Bréfritari: Þórunn Pálsdóttir
Viðtakandi: Páll Pálsson
Dagsetning: A-1828-06-22
Skrifað á: Hallfreðarstöðum  N-Múl.
Páll var bróðir Þórunnar

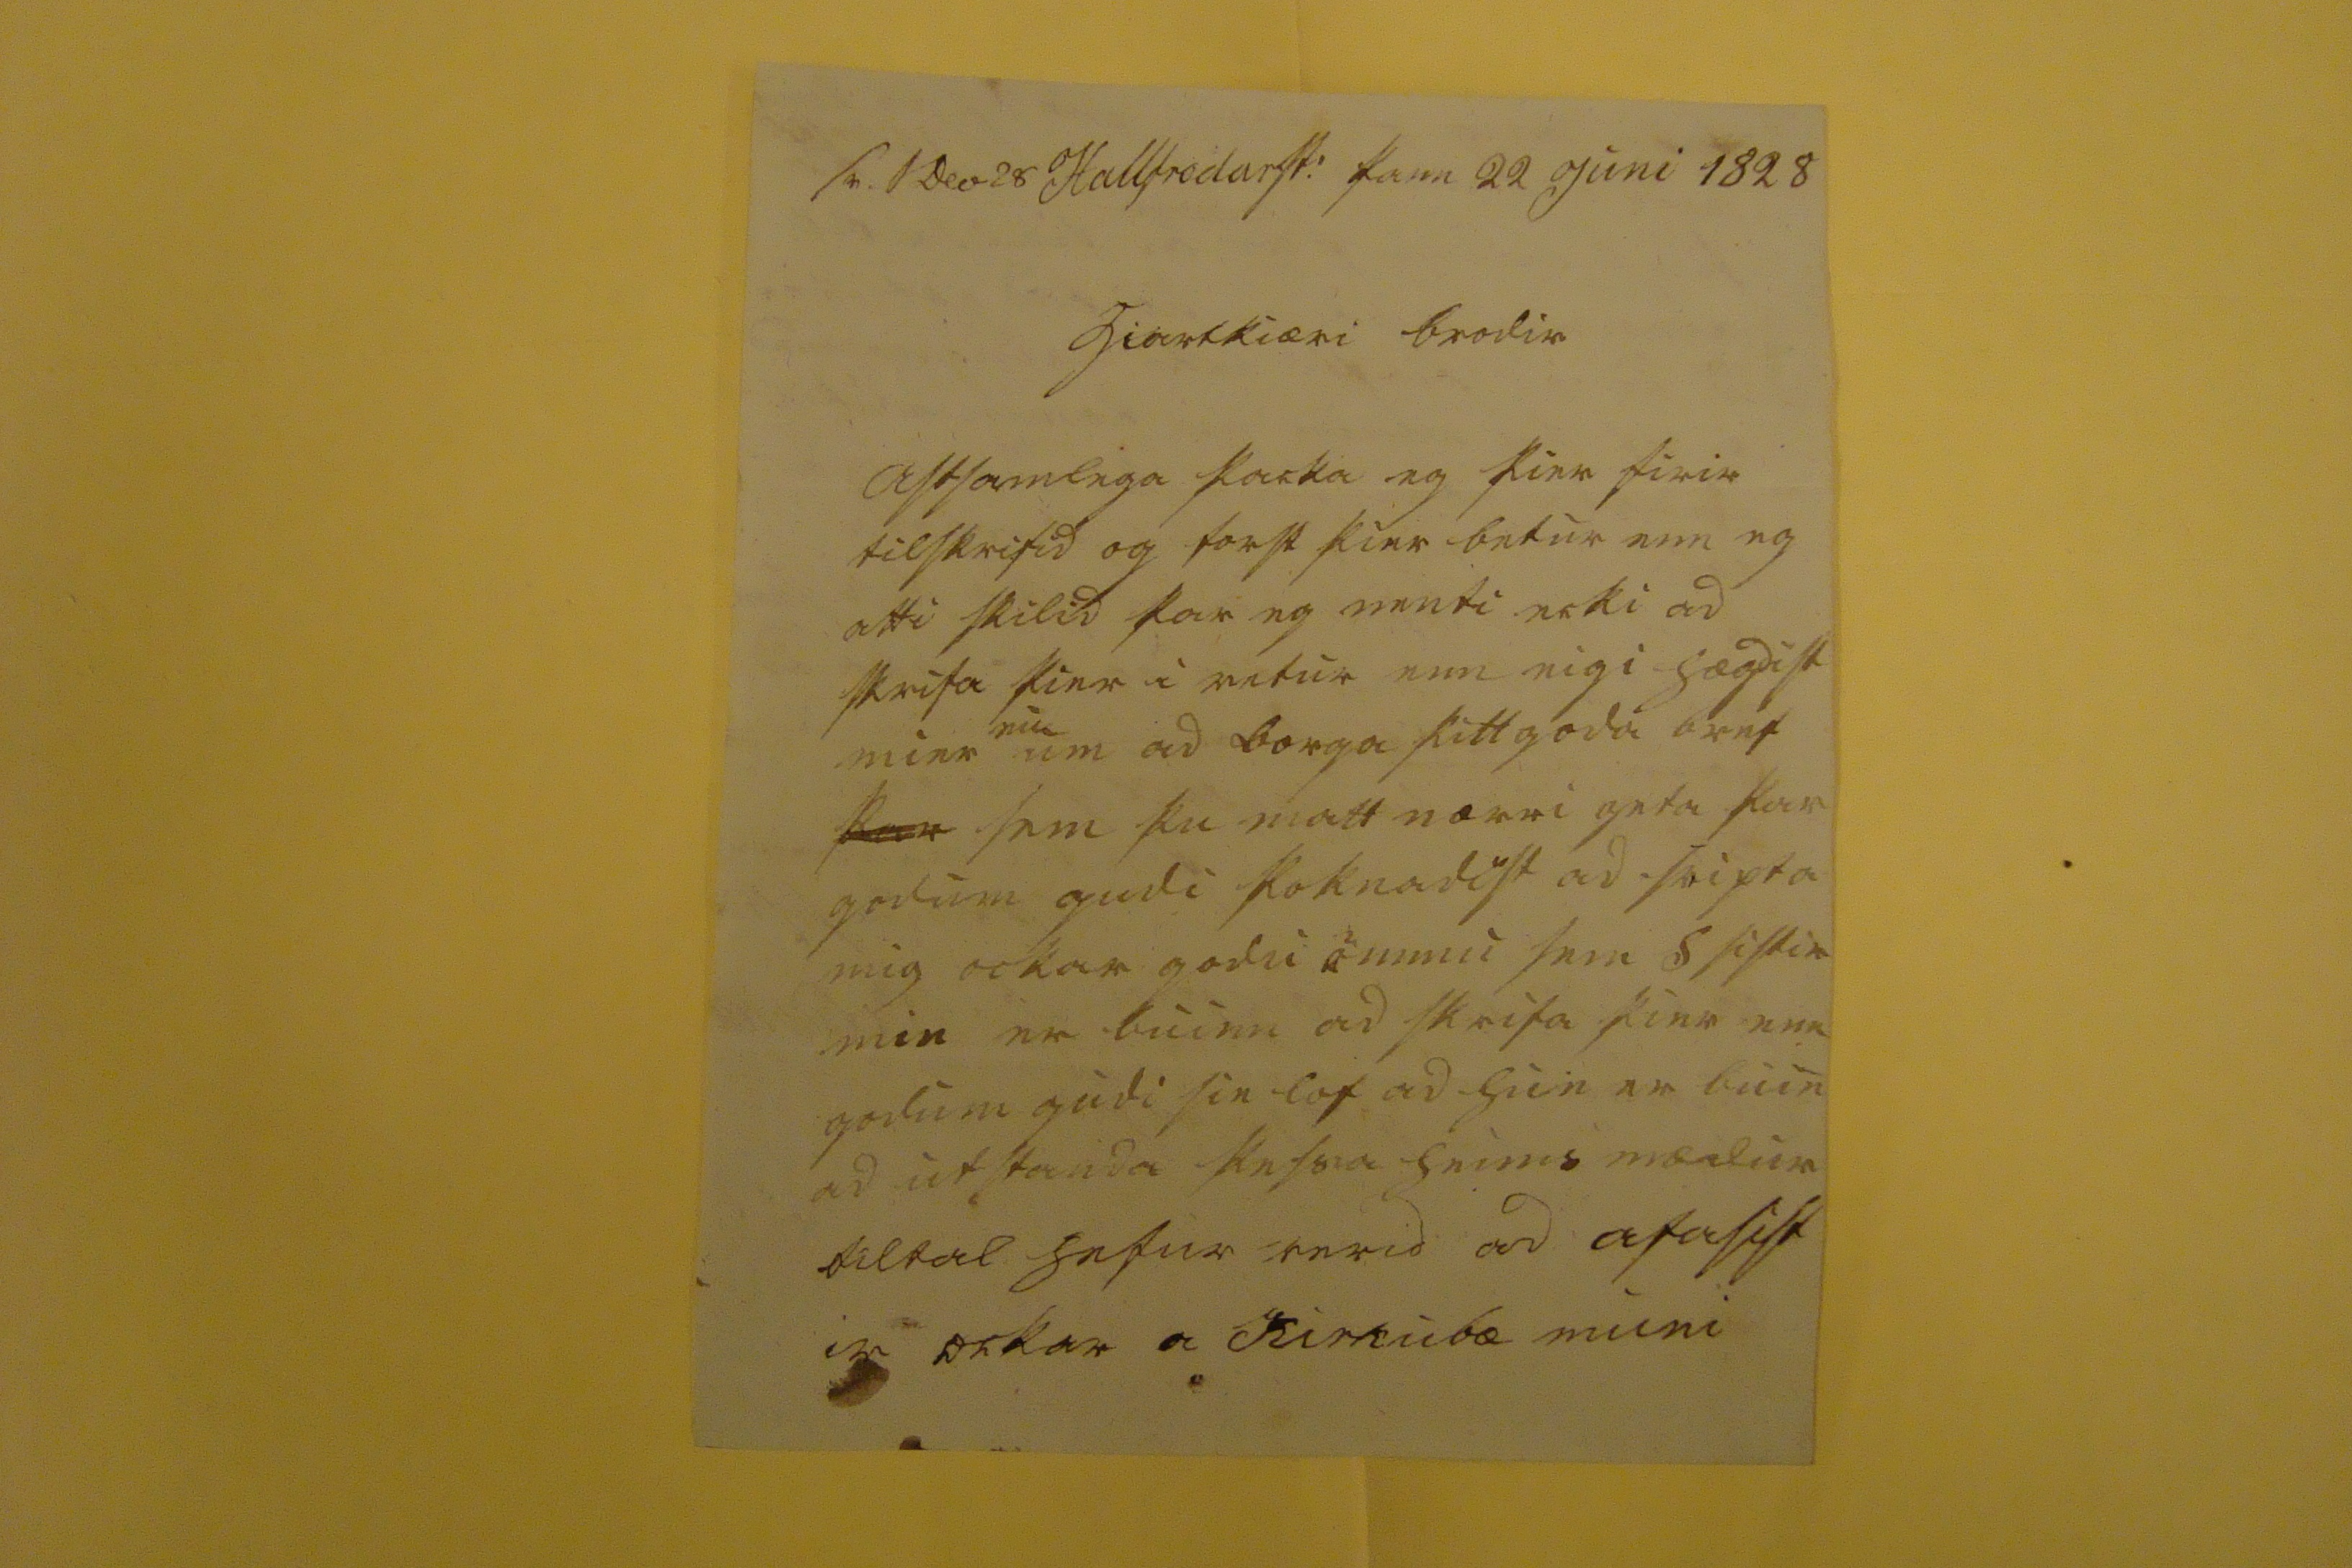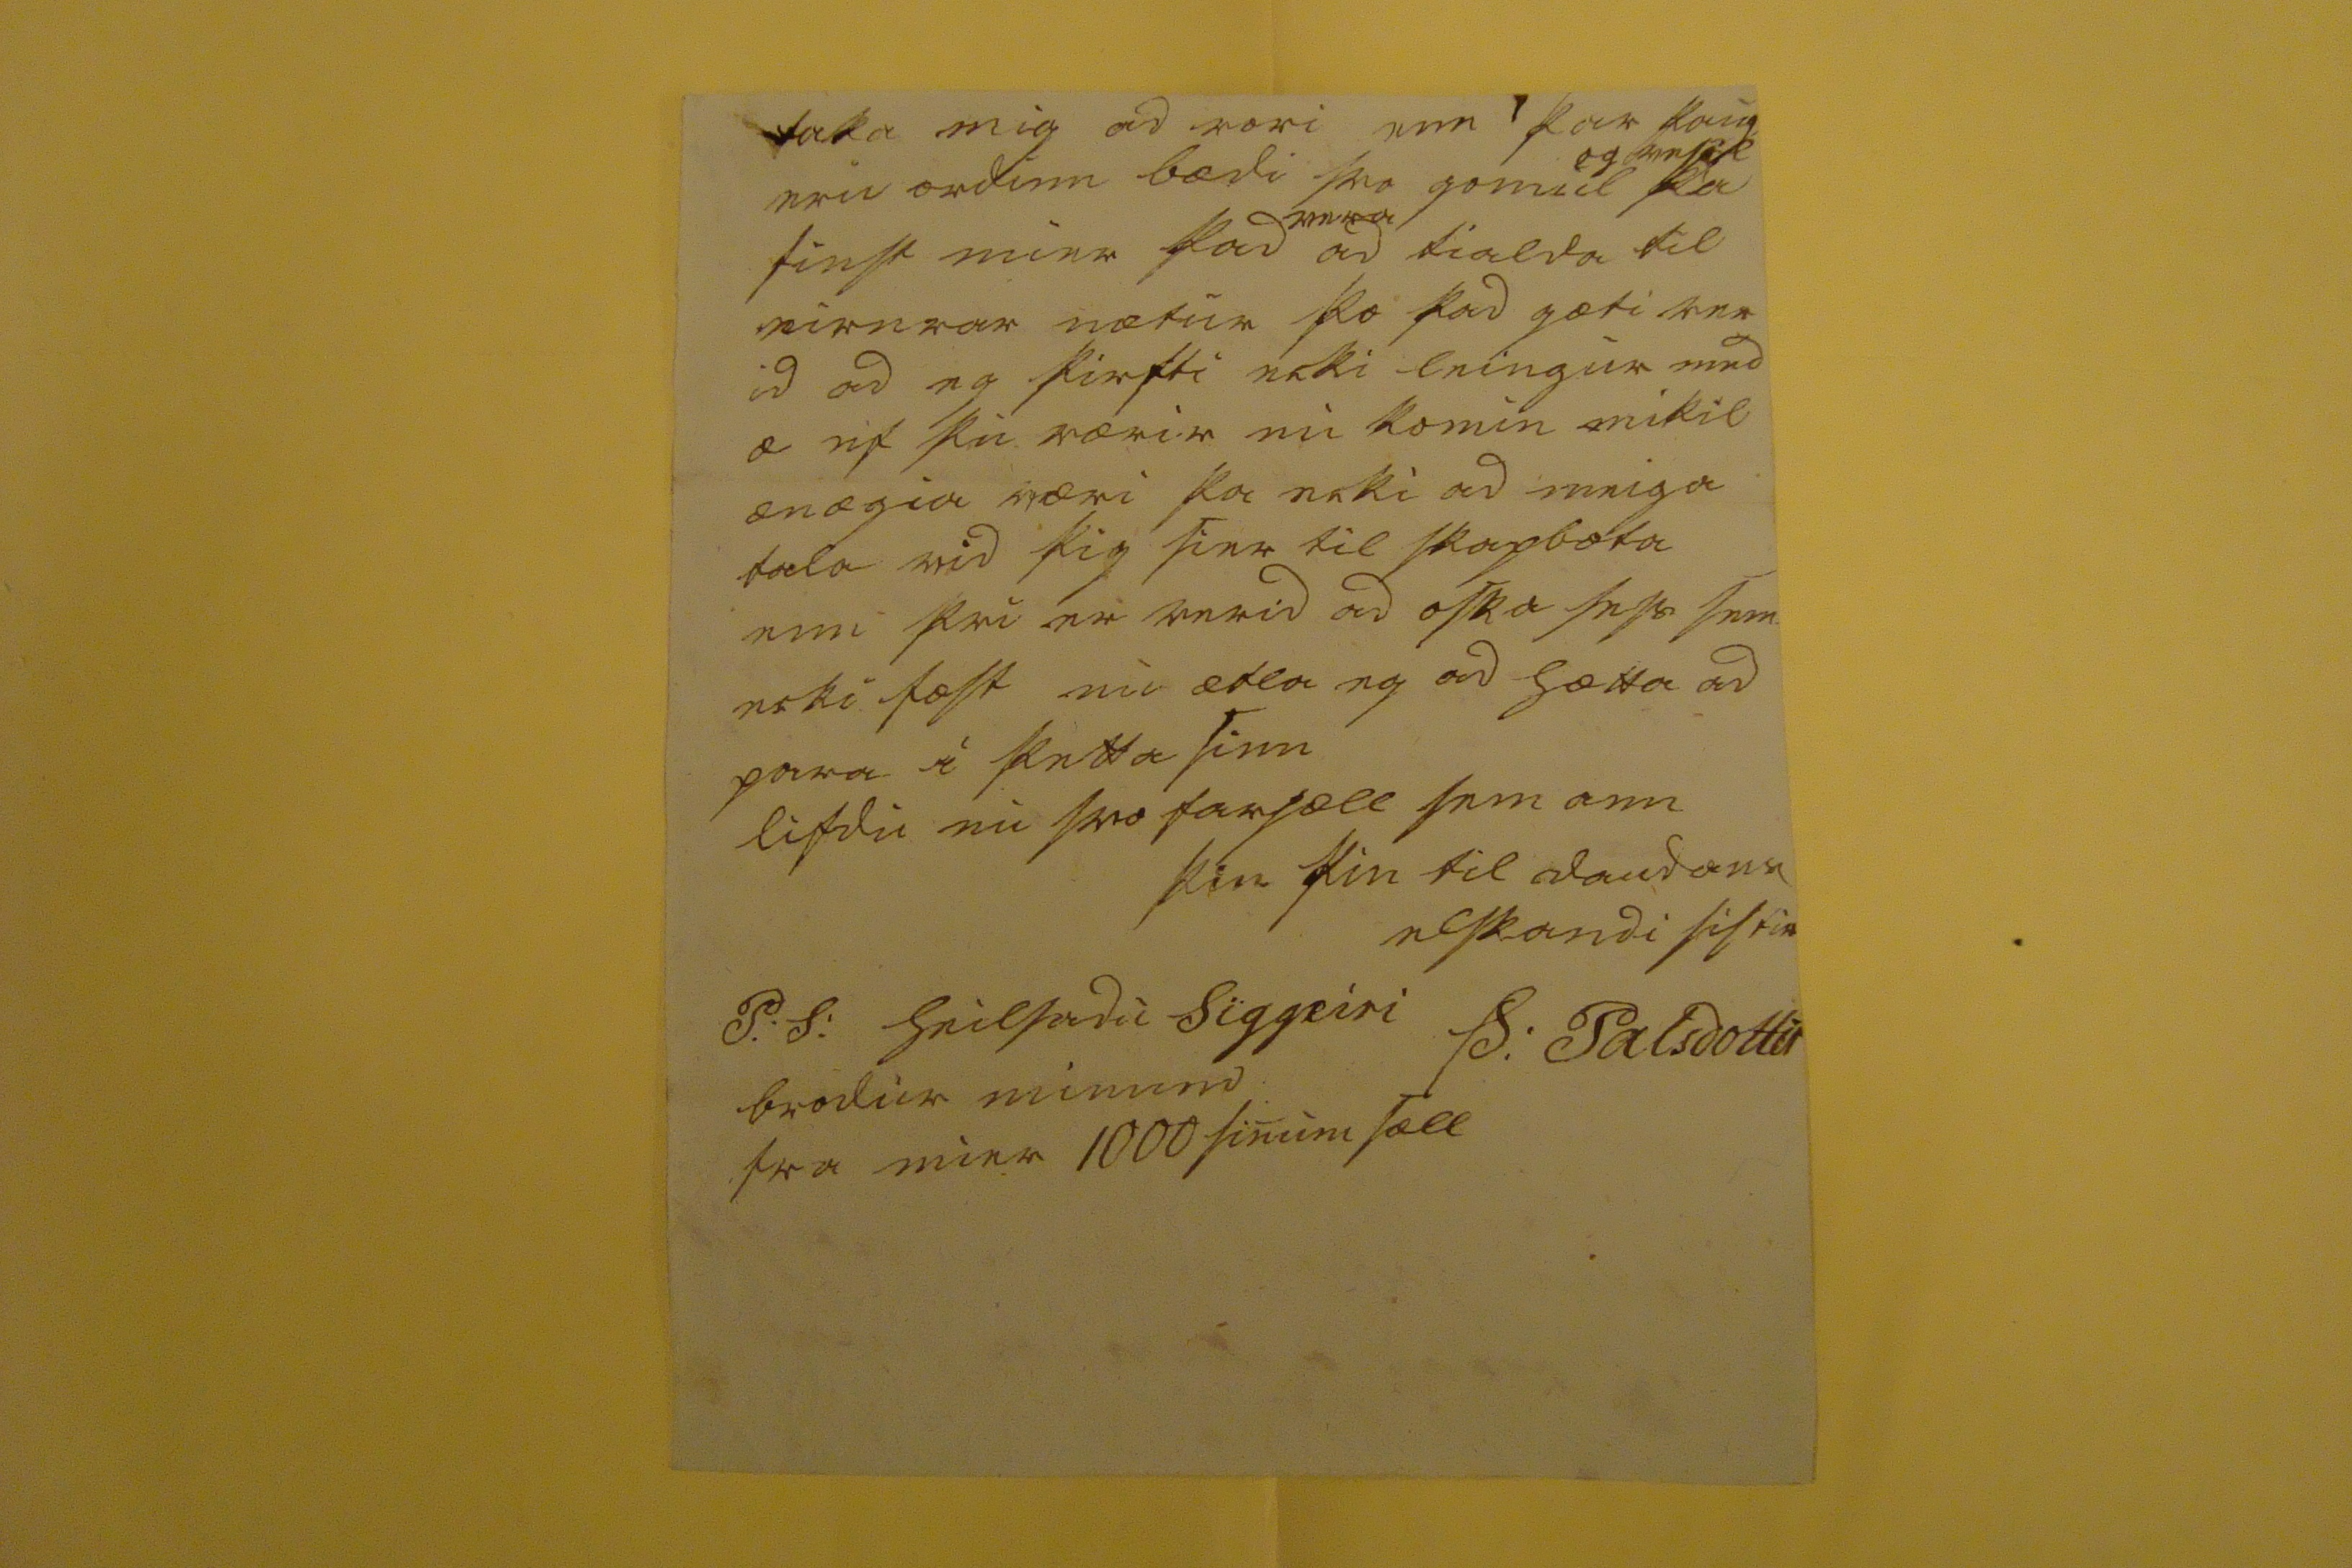

s0. 1 Dec 28
Hallfredarst. þann 22 Juni 1828
hiartkiæri brodir
astsamlega þacka eg þier firir tilskrifid og forst þier betur enn eg atti skilid þar eg nenti ecki ad skrifa þier i vetur enn eigi hægdist mier
nu
um ad borga þitt goda bref
þar
sem þu matt nærri geta þar godum gudi
þoknadist
ad svipta mig ockar godri ömmu sem S sistir min er buinn ad skrifa þier enn godum gudi sie lof ad hun er buin ad ut standa þessa heims
mædur tiltal
hefur verid ad afasist ir ockar a Kirkubæ muni
taka mig ad vori enn þar
0000
eru ordinn bædi svo gomul
og vesöl
þa finst mier þad
vera
ad tialda til eirnrar nætur þo þad gæti ver id ad eg þirfti ecki leingur med a ef þu værir nu komin mikil anægia væri þa ecki ad meiga tala vid þig
sier
til skapbota enn þvi er verid ad oska þess sem ecki
læst
nu ætla eg ad hætta ad para i þetta sinn
lifdu nu svo farsæll sem ann
þin þin til daudans elskandi sistir
Þ: Palsdottir
P.S. heilsadu Siggeiri brodur minum fra mier 1000 sinum sæll